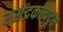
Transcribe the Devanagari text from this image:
रसेंद्रकल्पद्रुम